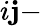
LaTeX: i\mathbf{j}-